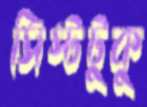
সিস্টটুকু